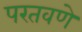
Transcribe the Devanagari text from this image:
परतवणे